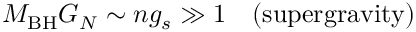
M _ { \mathrm { B H } } G _ { N } \sim n g _ { s } \gg 1 \ \ \ \mathrm { ( s u p e r g r a v i t y ) }